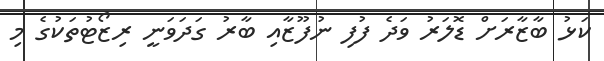
ކަޅު ބާޒާރަށް ޑޮލަރު ވަދެ ފުފި ނުފޫޒާއި ބާރު ގަދަވަނީ ރިޒޯޓުތަކުގެ މި